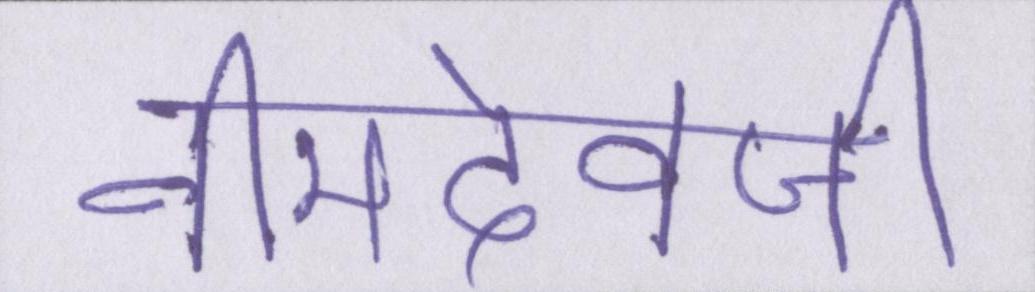
नीमदेवजी